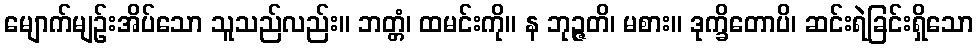
မျောက်မျဉ်းအိပ်သော သူသည်လည်း။ ဘတ္တံ၊ ထမင်းကို။ န ဘုဉ္ဇတိ၊ မစား။ ဒုက္ခိတောပိ၊ ဆင်းရဲခြင်းရှိသော